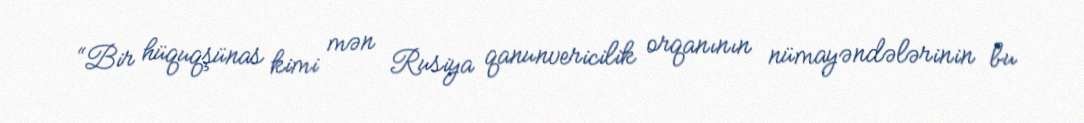
“Bir hüquqşünas kimi mən Rusiya qanunvericilik orqanının nümayəndələrinin bu